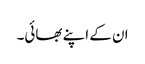
ان کے اپنے بھائی۔